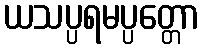
ယသပ္ပရမပ္ပတ္တော